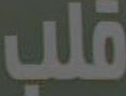
قلب